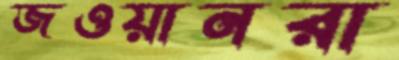
জওয়ানরা